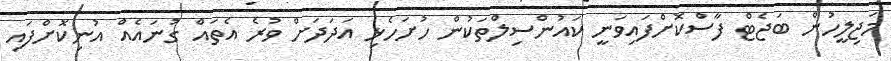
މަޖިލީހުން ބަޖެޓް ފާސްކޮށްފައިވަނީ ކައުންސިލްތަކުން ހުށަހެޅި އަދަދަށް ވުރެ އެތައް ގުނައެއް އުނިކޮށްފައި